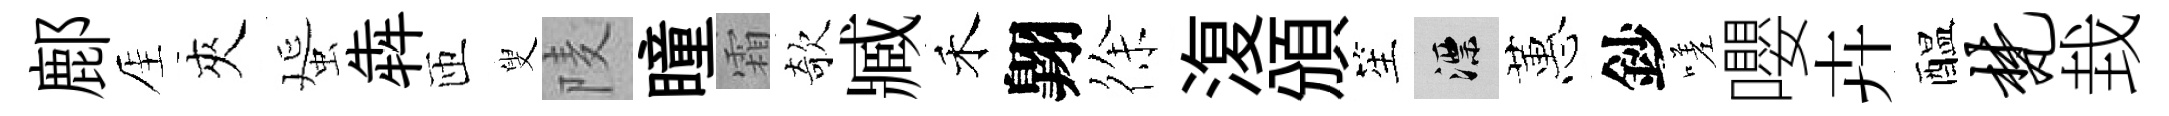
鄜厓夾蜑犇匝叟𨹧瞳霜欹臧禾翺徐𣸪頒笙漂蕙鈔嗟嚶卉醖梵㘽